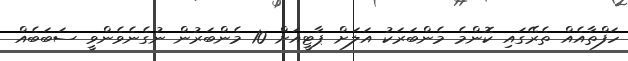
ހަފްތާއެއް ތެރޭގައި ކޮންމެ މެންބަރަކު އަލަށް ޕާޓީއަށް 10 މެންބަރުން ނުގެނެވެންވީ ސަބަބެއް